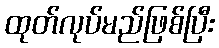
ထုတ်လုပ်မည်ဖြစ်ပြီး